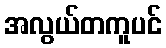
အလွယ်တကူပင်